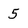
Character: 5